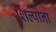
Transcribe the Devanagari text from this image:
शिल्पांना